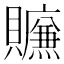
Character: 𰷛